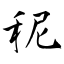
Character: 秜